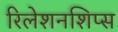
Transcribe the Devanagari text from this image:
रिलेशनशिप्स